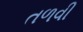
તળવી